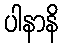
ပါနာနိ